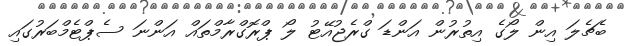
ބެޗެލަ އިން ލޯގެ އިތުރުން އަންޑަ ގްރެޖުއޭޓު ލޯ ޕްރޮގްރާމްތައް އަންނަ ސެޕްޓެމްބަރުގައި